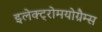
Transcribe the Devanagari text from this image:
इलेक्ट्रोमयोग्रैम्स